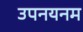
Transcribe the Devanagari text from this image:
उपनयनम